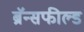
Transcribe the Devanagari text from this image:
ब्रॅन्सफील्ड